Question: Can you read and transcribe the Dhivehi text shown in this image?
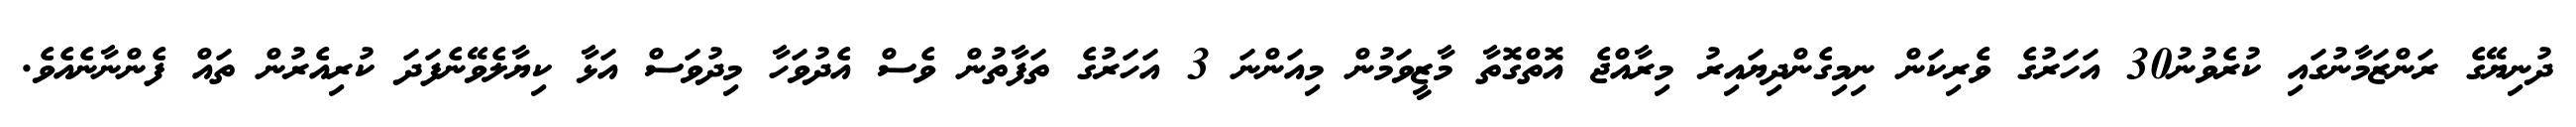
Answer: ދުނިޔޭގެ ރަންޒަމާނުގައި ކުރެވުނު30 އަހަރުގެ ވެރިކަން ނިމިގެންދިޔައިރު މިރާއްޖެ އޮތްގޮތާ މާޒީވަމުން މިއަންނަ 3 އަހަރުގެ ތަފާތުން ވެސް އެދުވަހާ މިދުވަސް އަޅާ ކިޔާލެވޭނެފަދަ ކުރިއެރުން ތައް ފެންނާނެއެވެ.